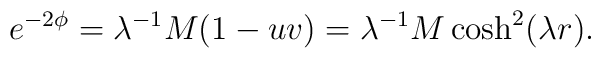
e^{-2\phi}=\lambda^{-1}M(1-uv)	=\lambda^{-1}M\cosh^2(\lambda r).